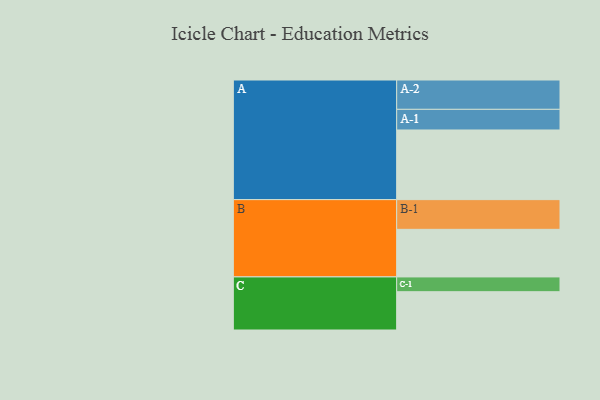
{"axis": {"x": "Segment", "y": "Value"}, "legend": ["", "A", "B", "C"], "data": [{"x": "A", "y": 584, "type": ""}, {"x": "B", "y": 399, "type": ""}, {"x": "C", "y": 321, "type": ""}, {"x": "A-1", "y": 173, "type": "A"}, {"x": "A-2", "y": 246, "type": "A"}, {"x": "B-1", "y": 249, "type": "B"}, {"x": "C-1", "y": 124, "type": "C"}]}